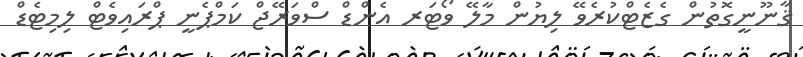
ޤާނޫނީގޮތުން ގެޒެޓްކުރެވޭ ލިޔުން މާލޭ ވޯޓަރ އެންޑް ސްވަރޭޖް ކަމްޕެނީ ޕްރައިވެޓް ލިމިޓެޑް